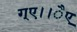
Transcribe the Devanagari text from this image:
ग्ए।।ैए